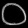
Digit: ၀